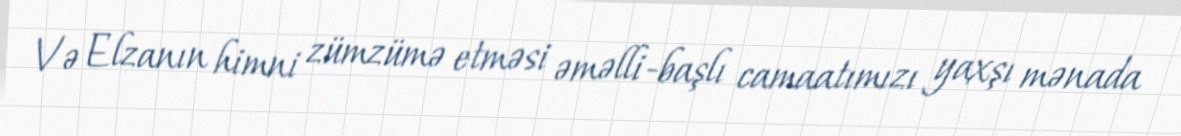
Və Elzanın himni zümzümə etməsi əməlli-başlı camaatımızı yaxşı mənada